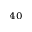
^ { 4 0 }